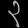
Digit: ၃